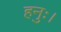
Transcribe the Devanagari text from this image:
हनुः।